Vaccination in the Punjab 1905-1918 - 1905-1918
Year: 1905
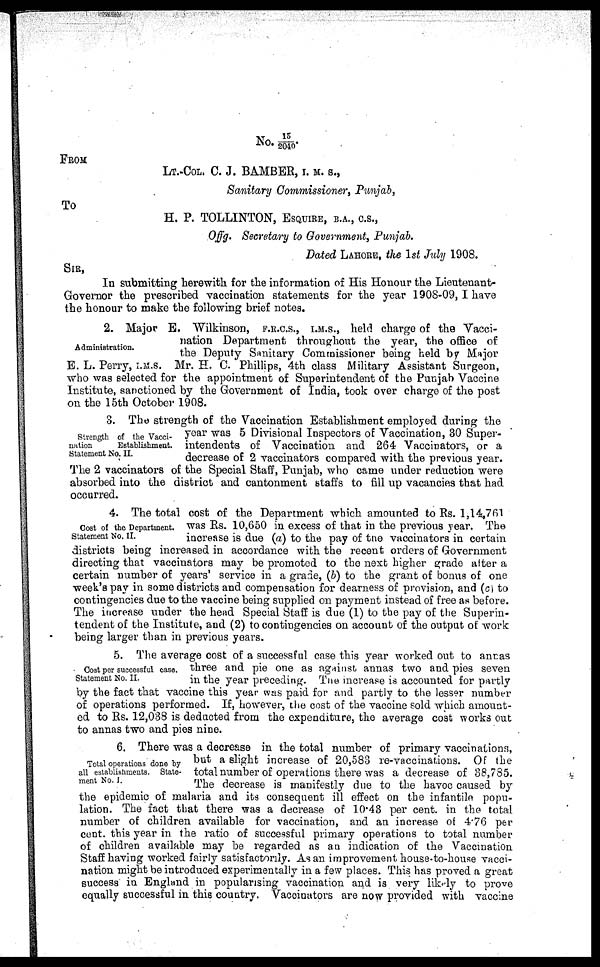
No.15/2040.
FROM
LT.-COL. C. J. BAMBER, I. M. S.,
Sanitary Commissioner, Punjab,
To
H. P. TOLLINTON, ESQUIRE, B.A., C.S.,
Offg. Secretary to Government, Punjab.
Dated LAHORE, the 1st July 1908.
SIR,
In submitting herewith for the information of His Honour the Lieutenant-
Governor the prescribed vaccination statements for the year 1908-09, I have
the honour to make the following brief notes.
Administration.
2. Major E. Wilkinson, F.R.C.S., I.M.S., held charge of the Vacci-
nation Department throughout the year, the office of
the Deputy Sanitary Commissioner being held by Major
E. L. Perry, I.M.S. Mr. H. C. Phillips, 4th class Military Assistant Surgeon,
who was selected for the appointment of Superintendent of the Punjab Vaccine
Institute, sanctioned by the Government of India, took over charge of the post
on the 15th October 1908.
Strength of the Vacci-
nation
Establishment.
Statement No. II.
3. The strength of the Vaccination Establishment employed during the
year was 5 Divisional Inspectors of Vaccination, 30 Super-
intendents of Vaccination and 264 Vaccinators, or a
decrease of 2 vaccinators compared with the previous year.
The 2 vaccinators of the Special Staff, Punjab, who came under reduction were
absorbed into the district and cantonment staffs to fill up vacancies that had
occurred.
Cost of the Department.
Statement No. II.
4. The total cost of the Department which amounted to Rs. 1,14,761
was Rs. 10,650 in excess of that in the previous year. The
increase is due (a) to the pay of the vaccinators in certain
districts being increased in accordance with the recent orders of Government
directing that vaccinators may be promoted to the next higher grade after a
certain number of years' service in a grade, (b) to the grant of bonus of one
week's pay in some districts and compensation for dearness of provision, and (c) to
contingencies due to the vaccine being supplied on payment instead of free as before.
The increase under the head Special Staff is due (1) to the pay of the Superin-
tendent of the Institute, and (2) to contingencies on account of the output of work
being larger than in previous years.
Cost per successful case.
Statement No. II.
5. The average cost of a successful case this year worked out to annas
three and pie one as against annas two and pies seven
in the year preceding. The increase is accounted for partly
by the fact that vaccine this year was paid for and partly to the lesser number
of operations performed. If, however, the cost of the vaccine sold which amount-
ed to Rs. 12,038 is deducted from the expenditure, the average cost works out
to annas two and pies nine.
Total operations done by
all establishments. State-
ment No. I.
6. There was a decrease in the total number of primary vaccinations,
but a slight increase of 20,583 re-vaccinations. Of the
total number of operations there was a decrease of 38,785.
The decrease is manifestly due to the havoc caused by
the epidemic of malaria and its consequent ill effect on the infantile popu-
lation. The fact that there was a decrease of 10.43 per cent. in the total
number of children available for vaccination, and an increase of 4.76 per
cent. this year in the ratio of successful primary operations to total number
of children available may be regarded as an indication of the Vaccination
Staff having worked fairly satisfactorily. As an improvement house-to-house vacci-
nation might be introduced experimentally in a few places. This has proved a great
success in England in popularising vaccination and is very likely to prove
equally successful in this country. Vaccinators are now provided with vaccine